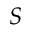
S